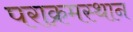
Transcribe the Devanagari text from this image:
पराक्रमस्थान